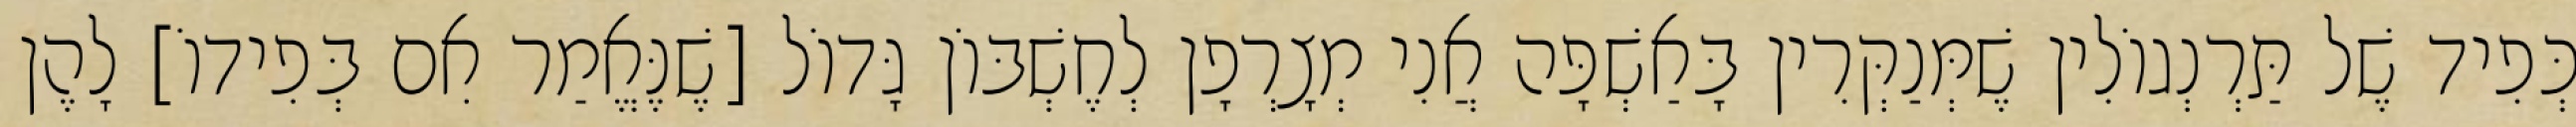
כְּפִיד שֶׁל תַּרְנְגוֹלִין שֶׁמְּנַקְּרִין בָּאַשְׁפָּה אֲנִי מְצָרְפָן לְחֶשְׁבּוֹן גָּדוֹל [שֶׁנֶּאֱמַר אִם בְּפִידוֹ] לָהֶן